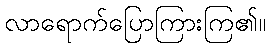
လာရောက်ပြောကြားကြ၏။